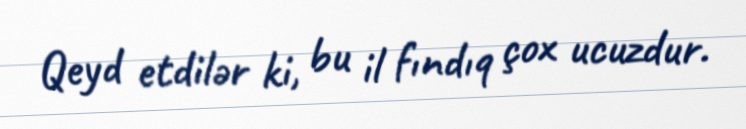
Qeyd etdilər ki, bu il fındıq çox ucuzdur.